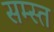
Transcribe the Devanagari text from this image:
सम्स्त